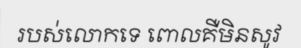
របស់លោកទេ ពោលគឺមិនសូវ